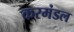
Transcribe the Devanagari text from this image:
करमंडल